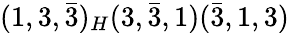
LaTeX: (1,3,{\bar{3}})_{H}(3,{\bar{3}},1)({\bar{3}},1,3)